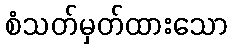
စံသတ်မှတ်ထားသော